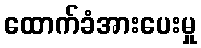
ထောက်ခံအားပေးမှု